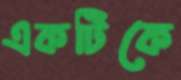
একটিকে